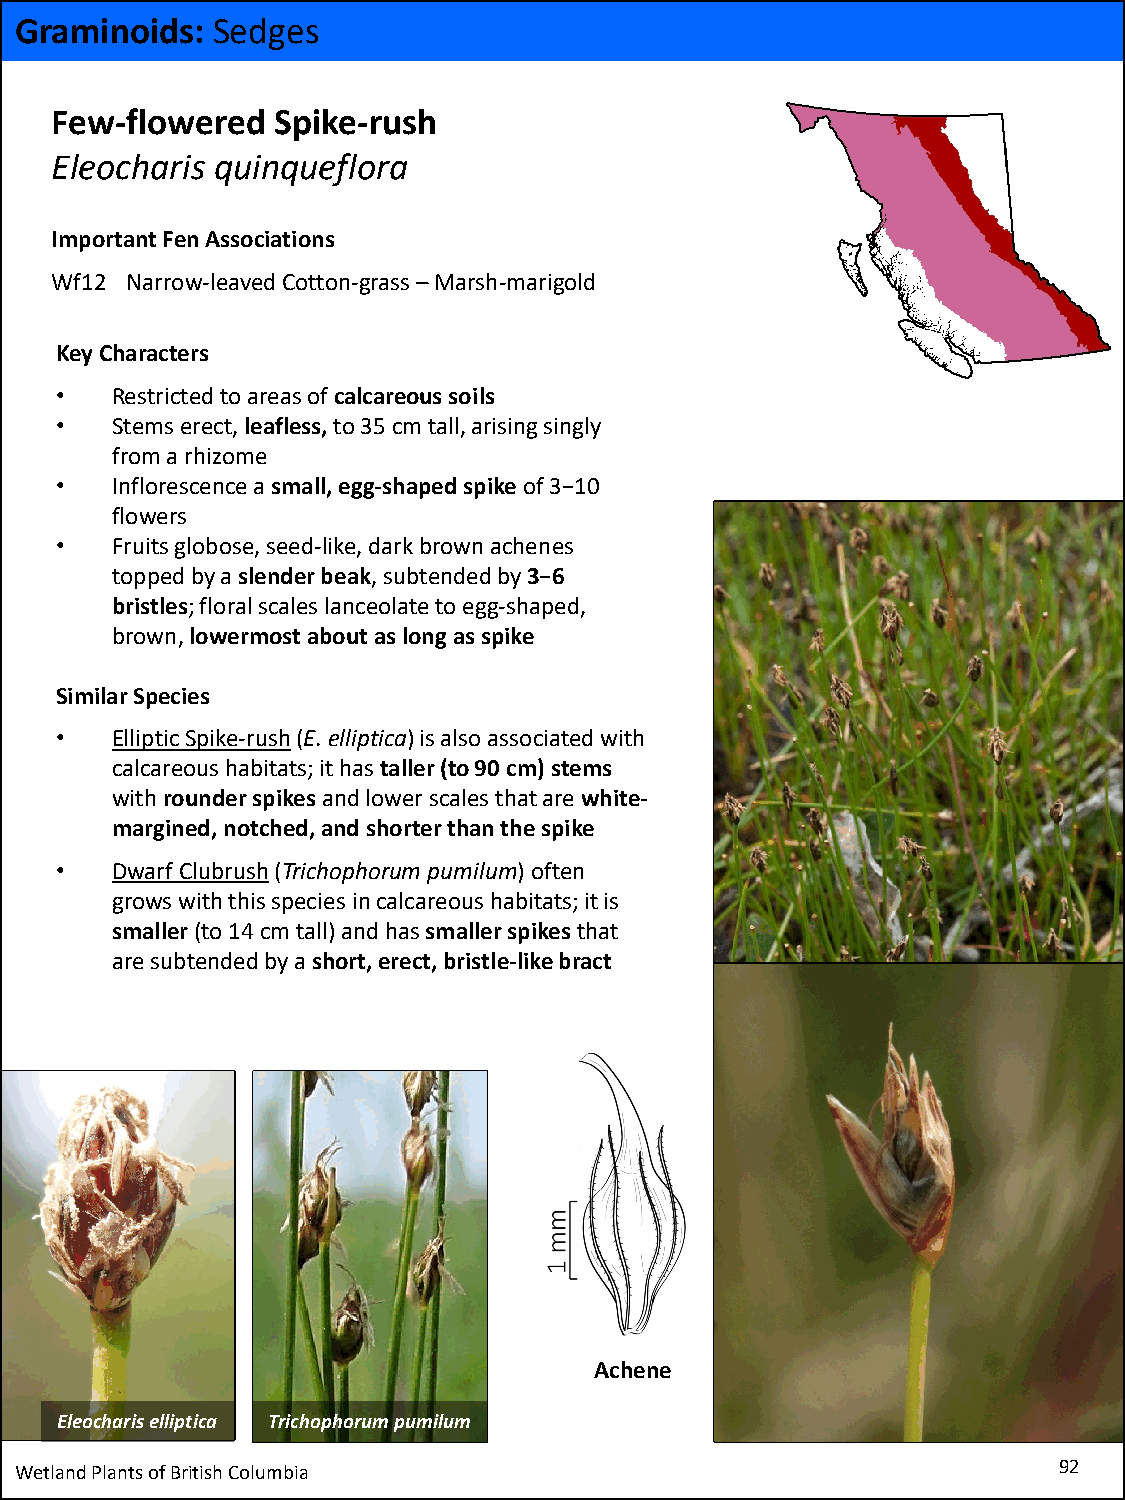
Graminoids:  Sedges
 Few-flowered   Spike-rush
 Eleocharis quinqueflora
 Important Fen Associations
 Wf12 Narrow-leaved Cotton-grass –Marsh-marigold
 Key Characters
 •  Restricted to areas of calcareous soils
 •  Stems erect, leafless,to 35 cm tall, arising singly
 from a rhizome
 •  Inflorescence a small, egg-shaped spike of 3−10
 flowers
 •  Fruits globose, seed-like, dark brown achenes
 topped by a slender beak, subtended by 3−6
 bristles; floral scales lanceolate to egg-shaped,
 brown, lowermost about as long as spike
 Similar Species
 •  Elliptic Spike-rush(E. elliptica) is also associated with
 calcareous habitats; it has taller (to 90 cm) stems
 with rounder spikes and lower scales that are white-
 margined, notched, and shorter than the spike
 •  Dwarf Clubrush(Trichophorumpumilum) often
 grows with this species in calcareous habitats; it is
 smaller(to 14 cm tall) and has smaller spikes that
 are subtended by a short, erect, bristle-like bract
 Achene
 Eleochariselliptica Trichophorumpumilum
 Wetland Plants of British Columbia                                   92